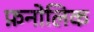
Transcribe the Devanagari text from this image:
फ़नोलिक